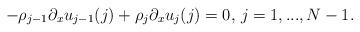
LaTeX: \begin{align*}-\rho_{j-1} \partial_x u_{j-1}(j)+ \rho_j \partial_x u_{j}(j)= 0,\, j = 1,...,N-1. \\\end{align*}